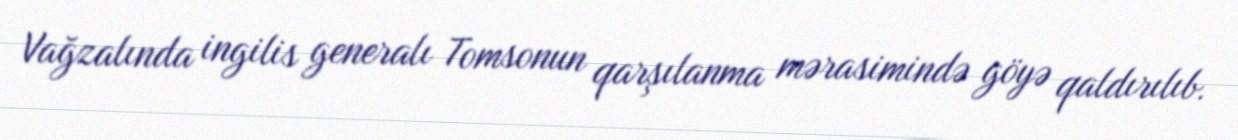
Vağzalında ingilis generalı Tomsonun qarşılanma mərasimində göyə qaldırılıb.